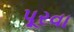
પૂરવા